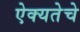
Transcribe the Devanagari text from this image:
ऐक्यतेचे